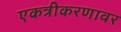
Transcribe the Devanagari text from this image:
एकत्रीकरणावर